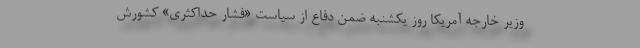
وزیر خارجه آمریکا روز یکشنبه ضمن دفاع از سیاست «فشار حداکثری» کشورش